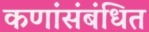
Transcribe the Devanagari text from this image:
कणांंसंबंधित